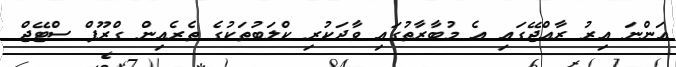
އަންނަ އިރު ރާއްޖޭގައި އެ މުބާރާތުގައި ވާދަކުރި ކްލަބުތަކުގެ ތެރެއިން ގްރޫޕް ސްޓޭޖް